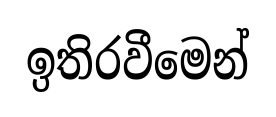
ඉතිරවීමෙන්